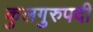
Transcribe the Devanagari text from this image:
कुलगुरुपदी